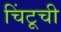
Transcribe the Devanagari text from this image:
चिंटूची